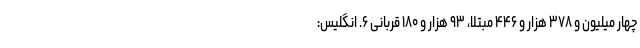
چهار میلیون و ۳۷۸ هزار و ۴۴۶ مبتلا، ۹۳ هزار و ۱۸۰ قربانی ۶. انگلیس: